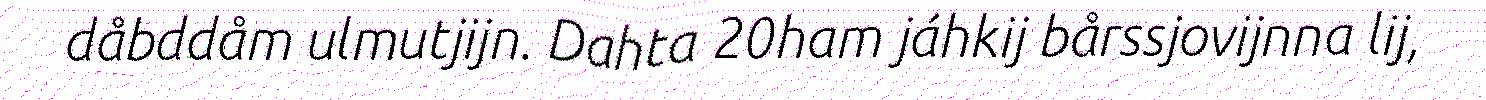
dåbddåm ulmutjijn. Dahta 20ham jáhkij bårssjovijnna lij,